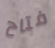
فتاح